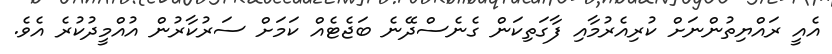
އެއީ ރައްޔިތުންނަށް ކުރިއެރުމާއި ފާގަތިކަން ގެނެސްދޭނެ ބަޖެޓެއް ކަމަށް ސަރުކާރުން އުއްމީދުކުރެ އެވެ.